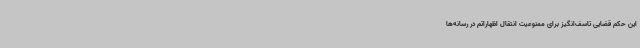
این حکم قضایی تاسف‌انگیز برای ممنوعیت انتقال اظهاراتم در رسانه‌ها